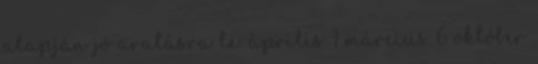
alapján jó aratásra le. április 1 március 6 október